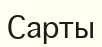
Сарты